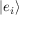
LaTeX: | e _ { i } \rangle